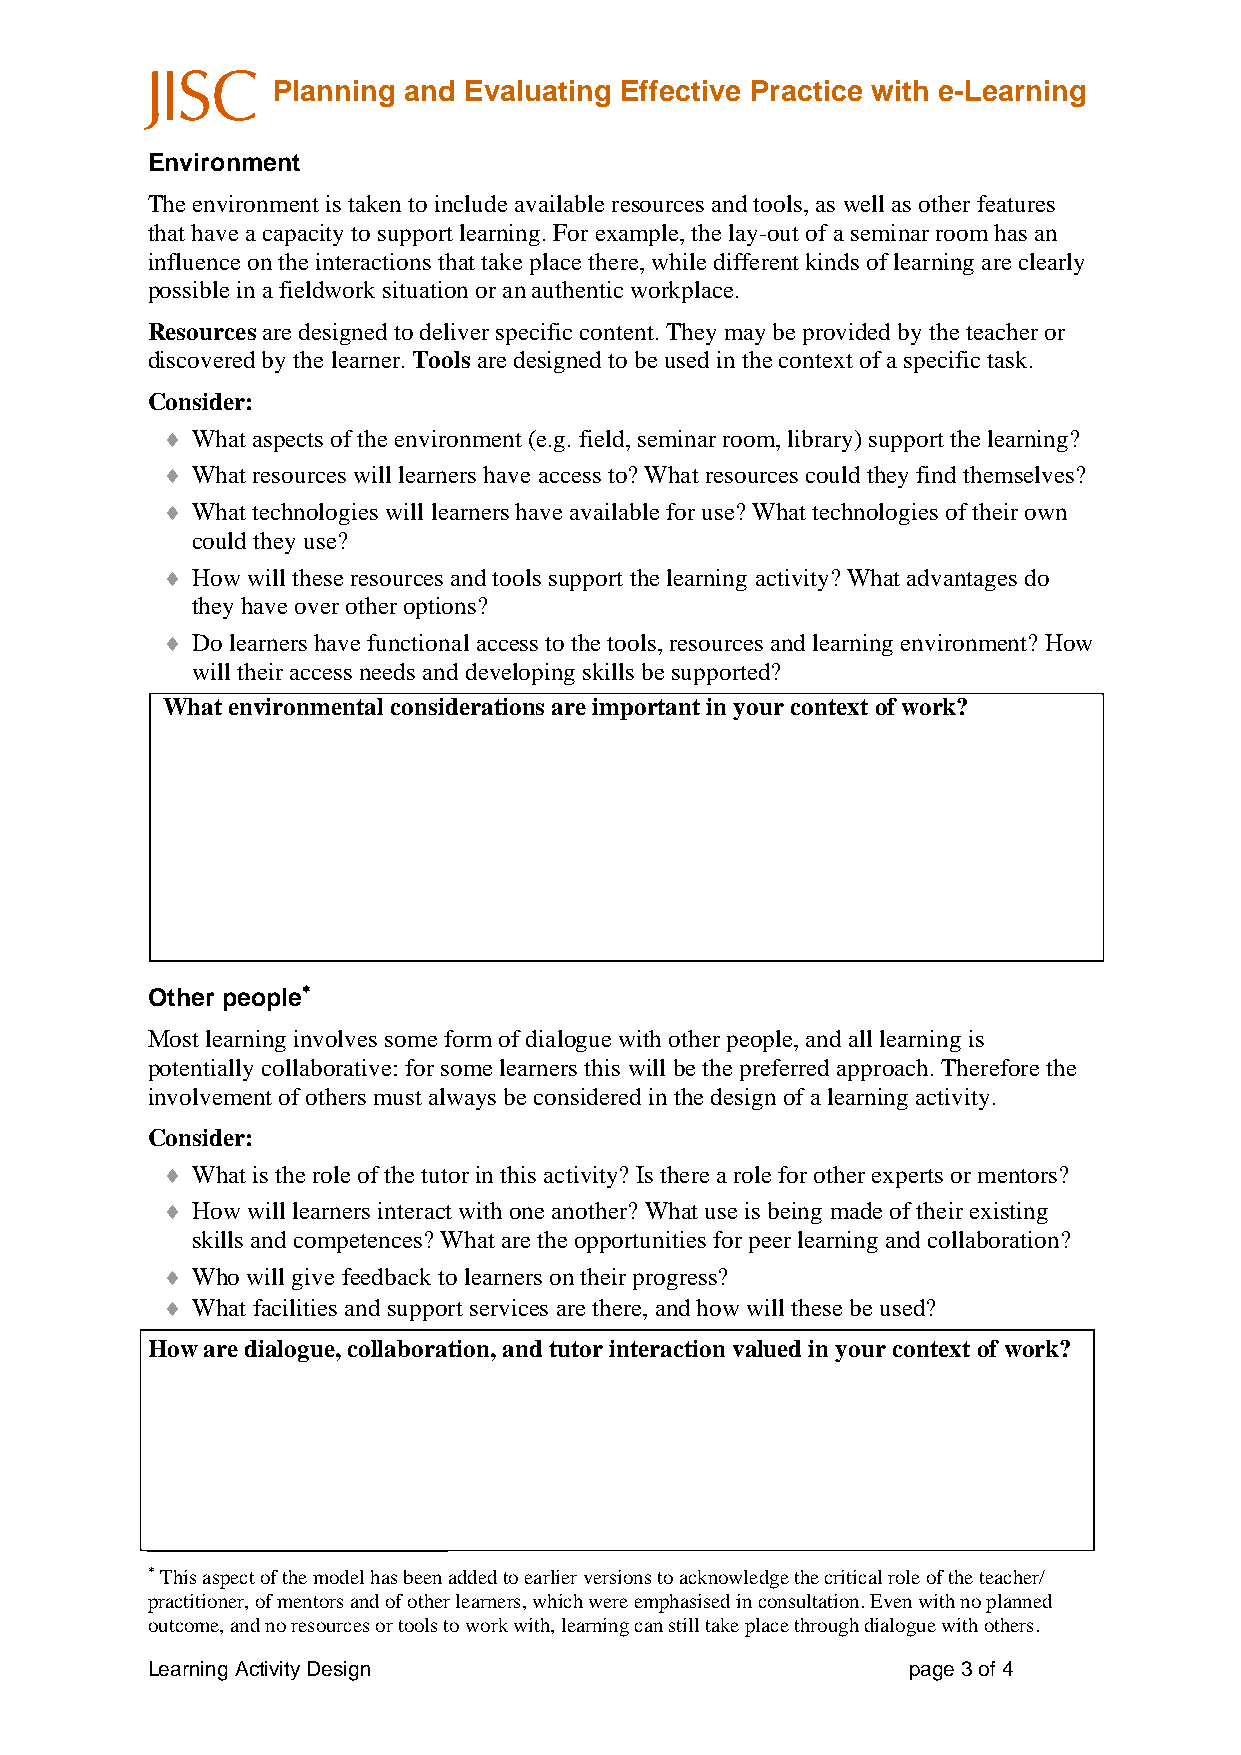
Planning and Evaluating Effective Practice with e-Learning
 Environment
 The environment is taken to include available resources and tools, as well as other features
 that have a capacity to support learning. For example, the lay-out of a seminar room has an
 influence on the interactions that take place there, while different kinds of learning are clearly
 possible in a fieldwork situation or an authentic workplace.
 Resources are designed to deliver specific content. They may be provided by the teacher or
 discovered by the learner. Tools are designed to be used in the context of a specific task.
 Consider:
 ♦ What aspects of the environment (e.g. field, seminar room, library) support the learning?
 ♦ What resources will learners have access to? What resources could they find themselves?
 ♦ What technologies will learners have available for use? What technologies of their own
 could they use?
 ♦ How will these resources and tools support the learning activity? What advantages do
 they have over other options?
 ♦ Do learners have functional access to the tools, resources and learning environment? How
 will their access needs and developing skills be supported?
 What environmental considerations are important in your context of work?
 Other people∗
 Most learning involves some form of dialogue with other people, and all learning is
 potentially collaborative: for some learners this will be the preferred approach. Therefore the
 involvement of others must always be considered in the design of a learning activity.
 Consider:
 ♦ What is the role of the tutor in this activity? Is there a role for other experts or mentors?
 ♦ How will learners interact with one another? What use is being made of their existing
 skills and competences? What are the opportunities for peer learning and collaboration?
 ♦ Who will give feedback to learners on their progress?
 ♦ What facilities and support services are there, and how will these be used?
 How are dialogue, collaboration, and tutor interaction valued in your context of work?
 ∗ This aspect of the model has been added to earlier versions to acknowledge the critical role of the teacher/
 practitioner, of mentors and of other learners, which were emphasised in consultation. Even with no planned
 outcome, and no resources or tools to work with, learning can still take place through dialogue with others.
 Learning Activity Design                          page 3 of 4